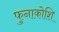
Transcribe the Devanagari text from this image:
फुनाकोशि